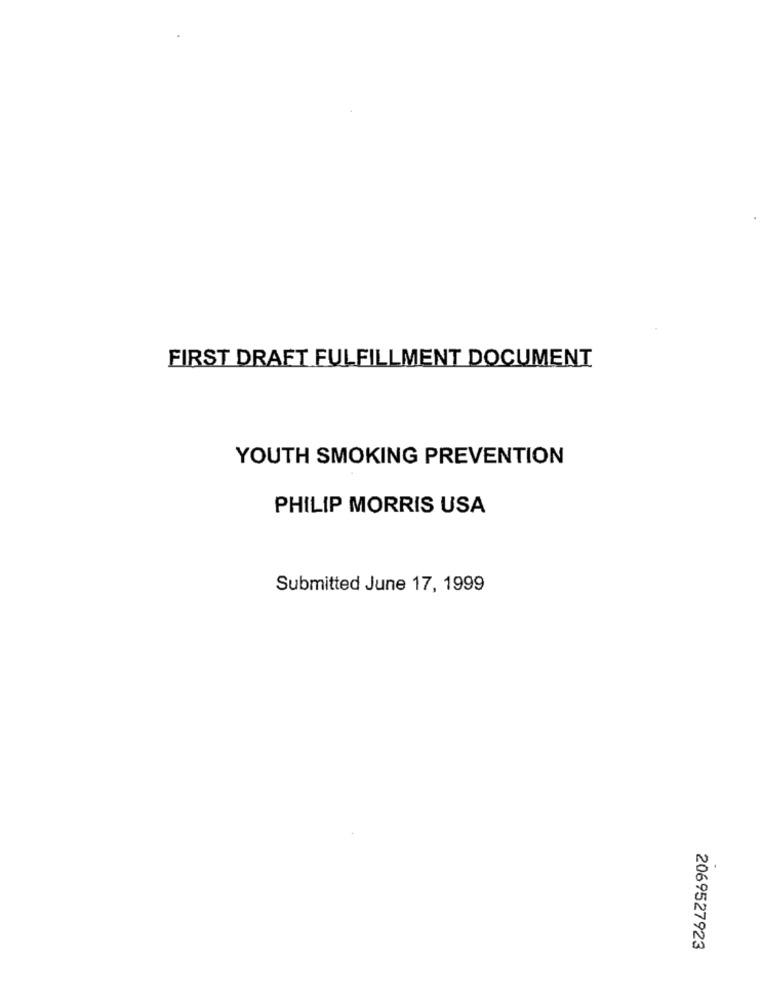
FIRST DRAFT FULFILLMENT DOCUMENT
YOUTH SMOKING PREVENTION
PHILIP MORRIS USA
Submitted June 17, 1999
2069527923